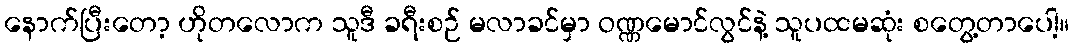
နောက်ပြီးတော့ ဟိုတလောက သူဒီ ခရီးစဉ် မလာခင်မှာ ဝဏ္ဏမောင်လွင်နဲ့ သူပထမဆုံး စတွေ့တာပေါ့။